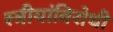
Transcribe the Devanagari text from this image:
स्त्रीयांविरोधी